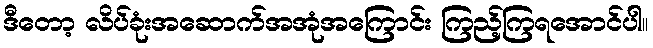
ဒီတော့ လိပ်ခုံးအဆောက်အအုံအကြောင်း ကြည့်ကြရအောင်ပါ။